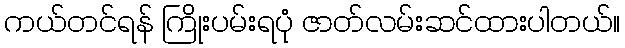
ကယ်တင်ရန် ကြိုးပမ်းရပုံ ဇာတ်လမ်းဆင်ထားပါတယ်။